Report of the Municipal Commissioner on the plague in Bombay for the year ending 31st May... - Volume 2
Disease focus: Plague
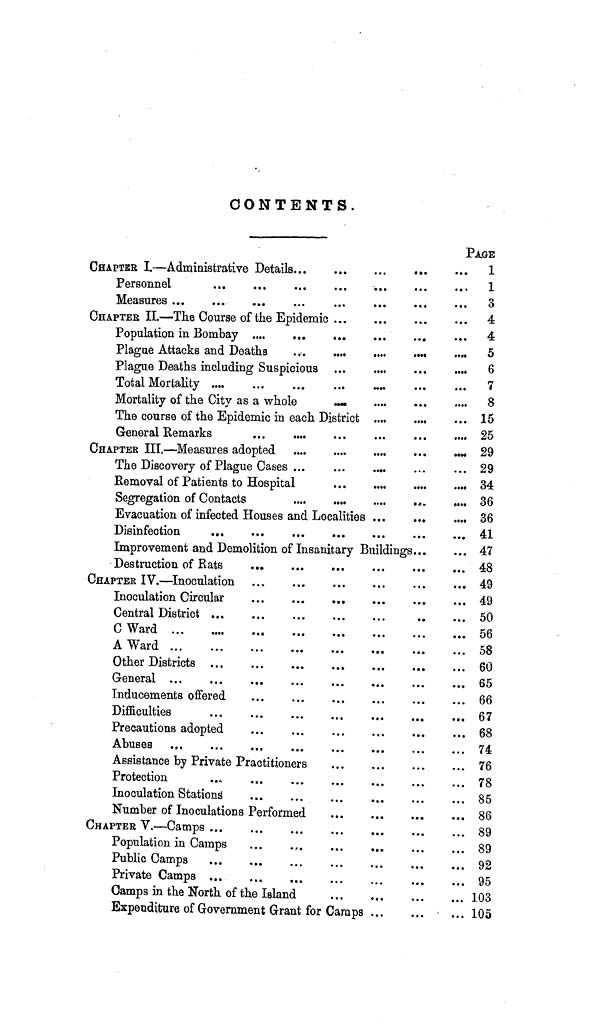
CONTENTS.
PA.GE
CHAPTER I.—Administrative Details
1
Personnel
...
...
...
...
...
...
··- 1
Measures ...
...
...
...
...
...
...
··. 3
CHAPTER II.—The Course of the Epidemic
4
Population in Bombay ....
...
...
...
...
...
4
Plague Attacks and Deaths
..
5
Plague Deaths including Suspicious
6
Total Mortality
7
Mortality of the City as a whole
··.·
8
The course of the Epidemic in each District ....
....
... 15
General Remarks
...
....
...
...
...
.... 25
CHAPTER ΠΤ.—Measures adopted ....
....
....
...
.
29
The Discovery of Plague Cases
29
Removal of Patients to Hospital
...
....
....
.. 34
Segregation of Contacts
....
....
....
..
.... 36
Evacuation of infected Houses and Localities
36
Disinfection
...
...
...
...
...
...
... 41
Improvement and Demolition of Insanitary Buildings
47
Destruction of Rats
48
CHAPTER IV.—Inoculation
49
Inoculation Circular
...
...
... 49
Central District
50
C Ward
56
A. ward. ...
...
...
...
...
.·.
...
... oo
Other Districts
60
General
65
Inducements offered
...
...
...
...
...
... 66
Difficulties
67
Precautions adopted
68
Abuses
74
Assistance by Private Practitioners
76
Protection
..x
78
Inoculation Stations'
„
85
Number of Inoculations Performed
86
CHAPTER V.—Camps...
89
Population in Camps
89
Public Camps
92
Private Camps
95
Camps in the North of the Island
103
Expenditure of Government Grant for Camps
105